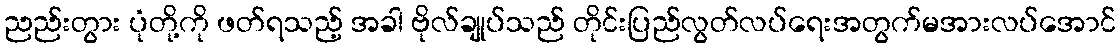
ညည်းတွား ပုံတို့ကို ဖတ်ရသည့် အခါ ဗိုလ်ချုပ်သည် တိုင်းပြည်လွတ်လပ်ရေးအတွက်မအားလပ်အောင်